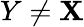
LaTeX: Y\neq\mathbf{X}